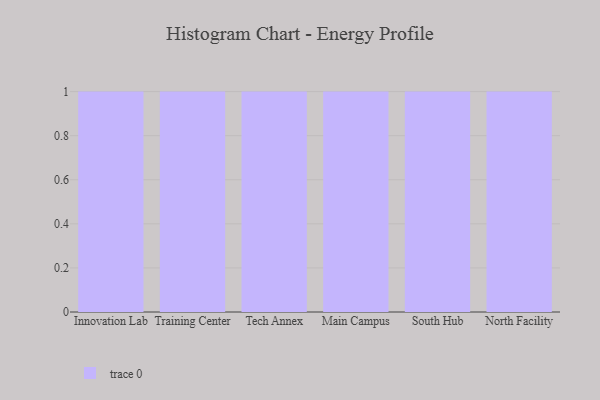
{"axis": {"x": "Campus", "y": "Customer Acquisition Cost (USD)"}, "legend": [""], "data": [{"x": "Innovation Lab", "y": 77, "type": ""}, {"x": "Training Center", "y": 52, "type": ""}, {"x": "Tech Annex", "y": 24, "type": ""}, {"x": "Main Campus", "y": 4, "type": ""}, {"x": "South Hub", "y": 3, "type": ""}, {"x": "North Facility", "y": 17, "type": ""}]}